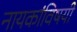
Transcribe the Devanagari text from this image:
नायकांविषयी